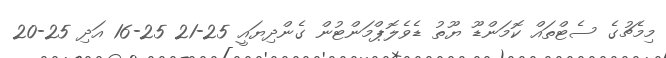
މިމެޗުގެ ސެޓްތައް ކޮމަންޑޫ ޔޫތު ޑެވެލޮޕްމަންޓުން ގެންދިޔައީ 25-21 25-16 އަދި 25-20